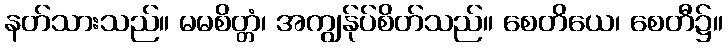
နတ်သားသည်။ မမစိတ္တံ၊ အကျွန်ုပ်စိတ်သည်။ စေတိယေ၊ စေတီ၌။